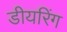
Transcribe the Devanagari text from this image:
डीयरिंग